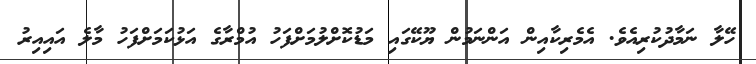
ހޭލާ ނަމާދުކުރިއެވެ. އެމެރިކާއިން އަންނަމުން ޔޫކޭގައި މަޑުކޮށްލުމަށްފަހު އުމްރާގެ އަޅުކަމަށްފަހު މާލެ އައިއިރު